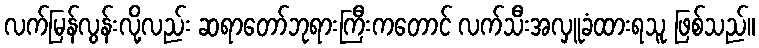
လက်မြန်လွန်းလို့လည်း ဆရာတော်ဘုရားကြီးကတောင် လက်သီးအလှူခံထားရသူ ဖြစ်သည်။